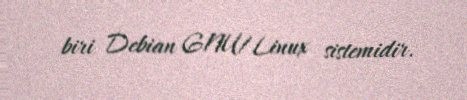
biri Debian GNU/Linux sistemidir.